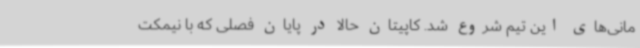
مانی‌های این تیم شروع شد. کاپیتان حالا در پایان فصلی که با نیمکت‌